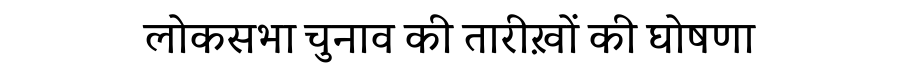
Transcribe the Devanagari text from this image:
लोकसभा चुनाव की तारीख़ों की घोषणा